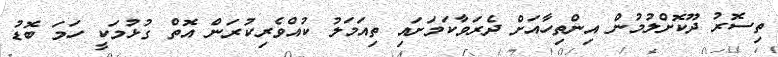
ތިސޮރު ދޫކޮށްލުމުން އިންތިހާއަށް ދެރަވާކަމަށައި ތިއަމަލު ކުއްވެރިކުރަން އޮތް ގުޅުމަކީ ހަމަ ބޮޑު